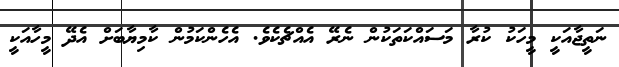
ނަތީޖާއަކީ މީހަކު ކުރާ މަސައްކަތަކުން ނެރޭ އެއްޗެކެވެ. އެހެންކަމުން ކާމިޔާބަށް އެދޭ މީހާއަކީ